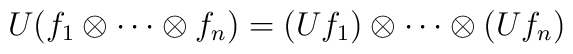
U(f_{1}\otimes\cdots\otimes f_{n})=        (Uf_{1})\otimes\cdots\otimes(Uf_{n})